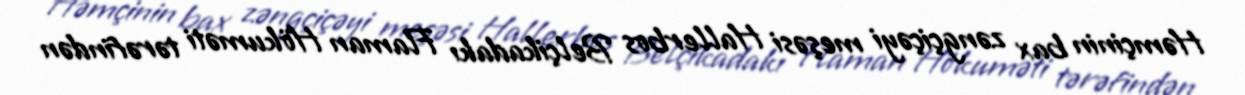
Həmçinin bax zəngçiçəyi meşəsi Hallerbos Belçikadakı Flaman Hökuməti tərəfindən